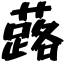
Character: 蕗